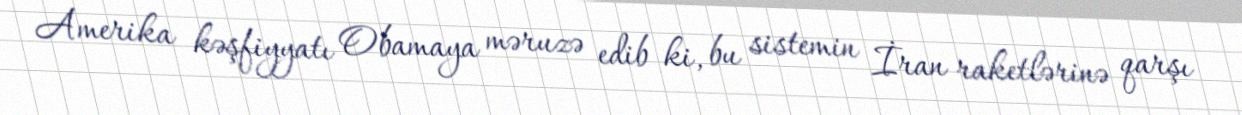
Amerika kəşfiyyatı Obamaya məruzə edib ki, bu sistemin İran raketlərinə qarşı